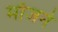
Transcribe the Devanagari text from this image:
माँजने